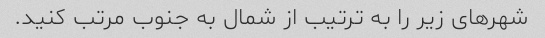
شهرهای زیر را به ترتیب از شمال به جنوب مرتب کنید.